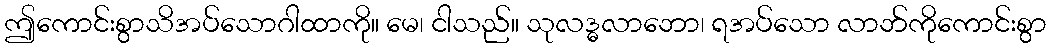
ဤကောင်းစွာသိအပ်သောဂါထာကို။ မေ၊ ငါသည်။ သုလဒ္ဓလာဘော၊ ရအပ်သော လာဘ်ကိုကောင်းစွာ